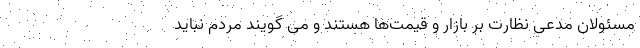
مسئولان مدعی نظارت بر بازار و قیمت‌ها هستند و می گویند مردم نباید